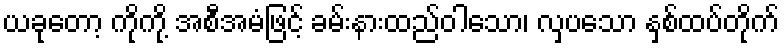
ယခုတော့ ကိုကို့ အစီအမံဖြင့် ခမ်းနားထည်ဝါသော၊ လှပသော နှစ်ထပ်တိုက်